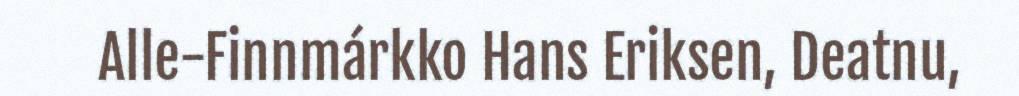
Alle-Finnmárkko Hans Eriksen, Deatnu,